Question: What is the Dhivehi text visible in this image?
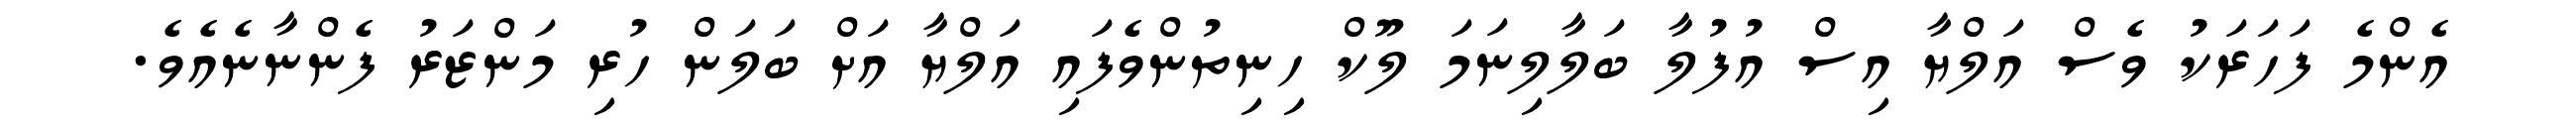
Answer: އެންމެ ފަހަރަކު ވެސް އަލްޔާ އިސް އުފުލާ ބަލާލިނަމަ ލޫކް ހިނިތުންވެފައި އަލްޔާ އަށް ބަލަން ހުރި މަންޒަރު ފެންނާނެއެވެ.